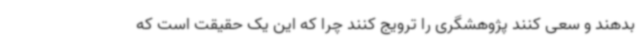
بدهند و سعی کنند پژوهشگری را ترویج کنند چرا که این یک حقیقت است که